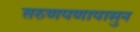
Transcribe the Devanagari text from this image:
तरुणपणापासुन